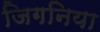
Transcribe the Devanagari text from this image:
जिगनिया